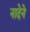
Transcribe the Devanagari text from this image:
नादेने